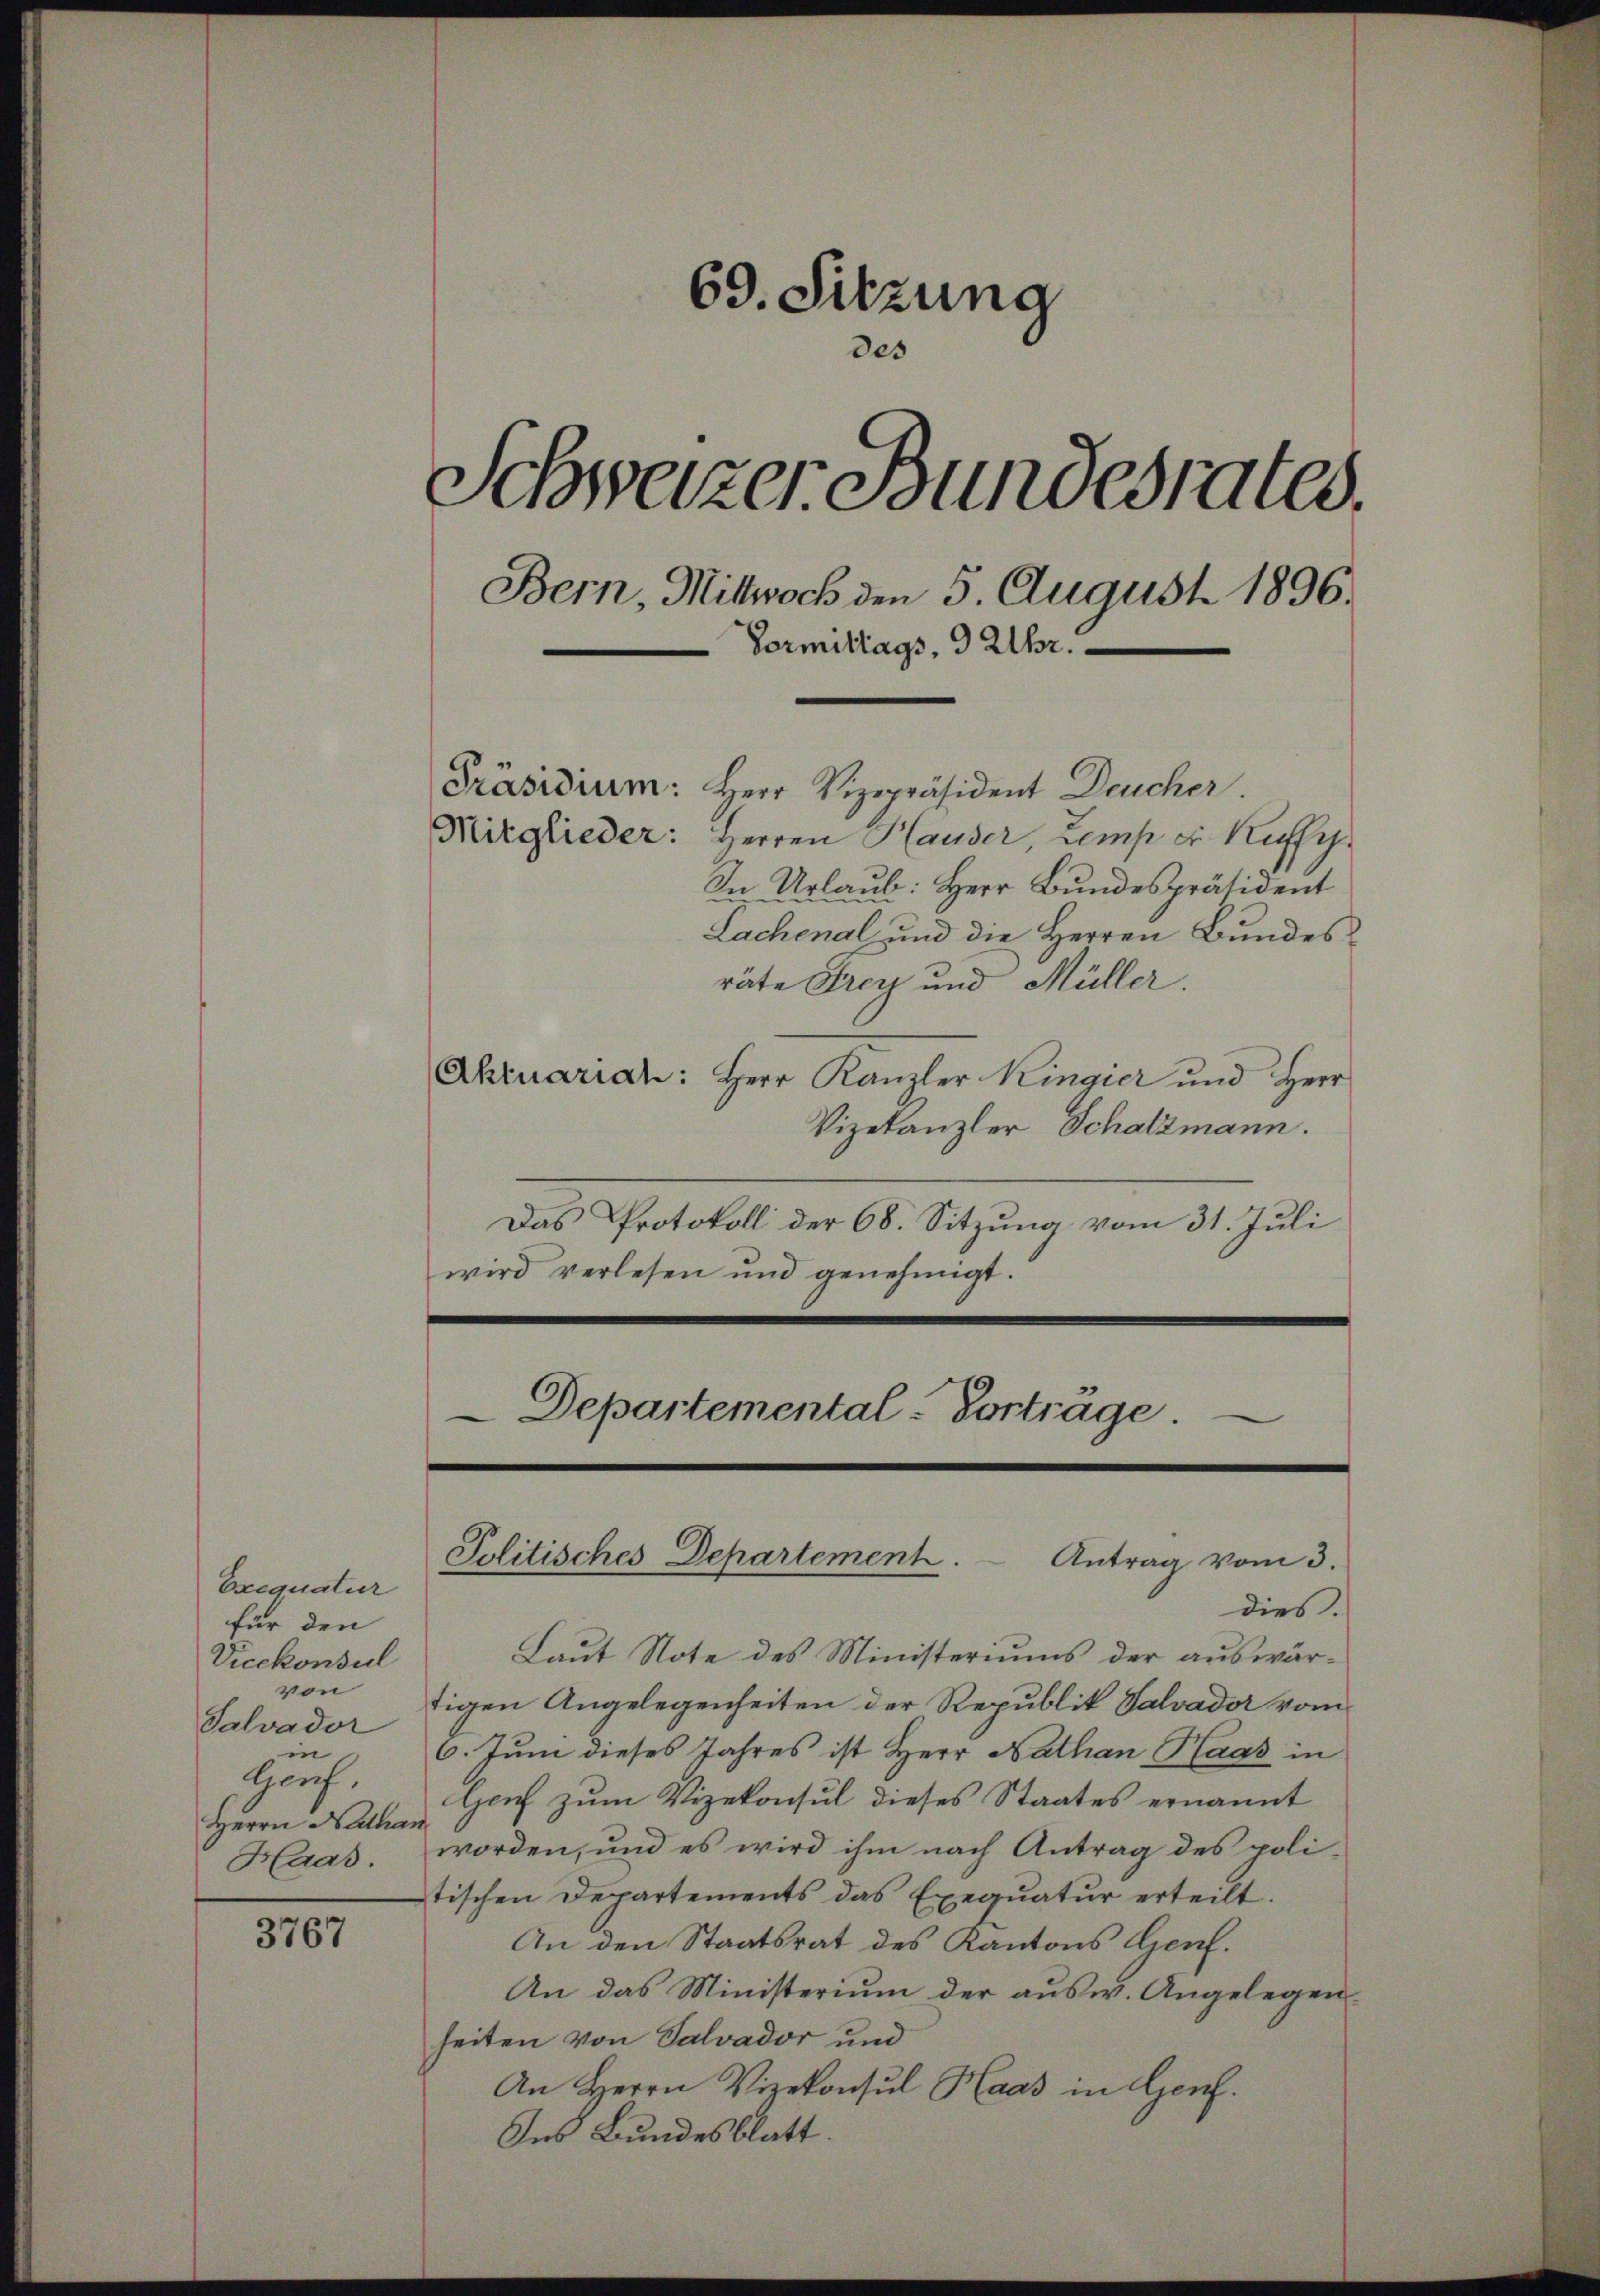
69. Sitzung
Schweizer Bundesrates.
Bern, Mittwoch den 5. August 1896.
Vormittags 9 Uhr.
Präsidium: Herr Vizepräsident Deucher
Mitglieder: Herren Hauder, Lemp Fr. Kuff
In Urlaŭb: Herr Bŭndespräsident

Exequatur
für den
Vicekonsul
von
Salvador
in
Gent.
Herrn Nathan
Haas.

3767

Lachenal und die Herren Bundesräte Frey und Müller.
Ahruarian: Herr Kanzler Kingier und Herr
Vizekanzler Schatzmann.
Das Protokoll der 68. Sitzung vom 31. Juli
wird verlesen und genehmigt.
Departemental-Vorträge.

dies.
Laut Note des Ministeriums der auswärtigen Angelegenheiten der Republik Salvador vom
6. Juni dieses Jahres ist Herr Nathan Haas in
Genf zum Vizekonsul dieses Staates ernannt
worden, und es wird ihm nach Antrag des polistischen Departements das Exequatur erteilt.
An den Staatsrat des Kantons Genf.
An das Ministerium der ausw. Angelegen-
heiten von Salvador und
An Herrn Vizekonsul Haas in Genf.
Ins Bundesblatt.

Politisches Departement.
Antrag vom 3.